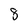
Character: 8